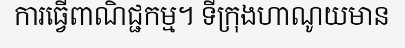
ការធ្វើពាណិជ្ជកម្ម។ ទីក្រុងហាណូយមាន